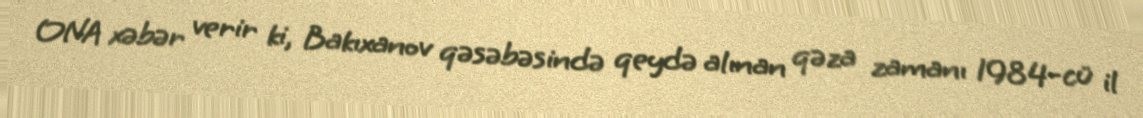
ONA xəbər verir ki, Bakıxanov qəsəbəsində qeydə alınan qəza zamanı 1984-cü il